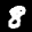
Label: 8